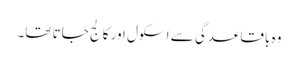
وہ باقاعدگی سے اسکول اور کالج جاتا تھا۔